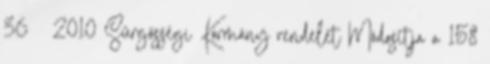
36 2010 Sürgősségi Kormány rendelet Módosítja a 158